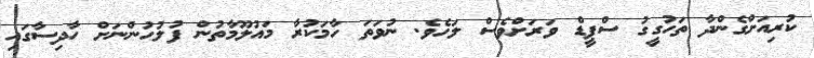
ކުރިއަށްގެންދާ ތަހުގީގު ސްޕީޑް ވަރަށްވެސް ލަހެވެ. ނުވަތަ ހާމަކުރާ މައުލޫމާތުން ފުލުހުންނަށް ހާދިސާގައި